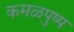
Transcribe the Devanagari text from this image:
कमळपुष्प